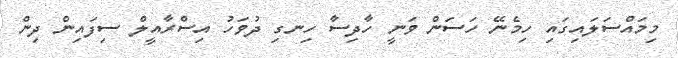
މިމައްސަލައިގައި ހިމެނޭ ހަސަން ވަނީ ހާދިސާ ހިނގި ދުވަހު އިސްރާއީލް ސިފައިން ދިން